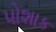
પોશાક